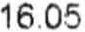
16.05